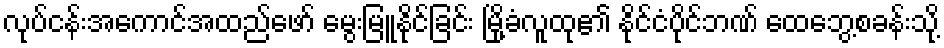
လုပ်ငန်းအကောင်အထည်ဖော် မွေးမြူနိုင်ခြင်း မြို့ခံလူထု၏ နိုင်ငံပိုင်ဘဏ် ထေဘွေ့စခန်းသို့